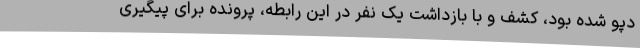
دپو شده بود، کشف و با بازداشت یک نفر در این رابطه، پرونده برای پیگیری